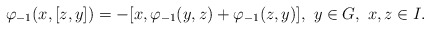
\begin{align*} \varphi_{-1}(x,[z,y])=-[x,\varphi_{-1}(y,z)+\varphi_{-1}(z,y)], \ y\in G, \ x, z\in I.\end{align*}